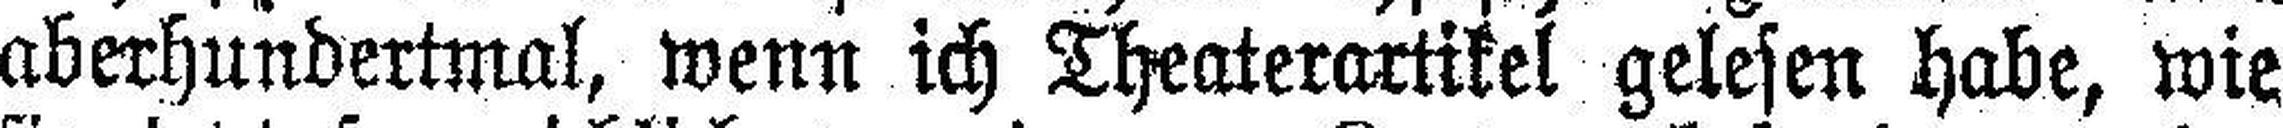
aberhundertmal, wenn ich Theaterartikel gelesen habe, wie